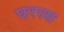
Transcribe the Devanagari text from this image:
घरस्स